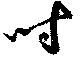
時